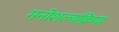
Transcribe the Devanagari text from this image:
मनोशल्यक्रिया